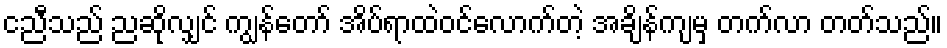
ငညီသည် ညဆိုလျှင် ကျွန်တော် အိပ်ရာထဲဝင်လောက်တဲ့ အချိန်ကျမှ တက်လာ တတ်သည်။